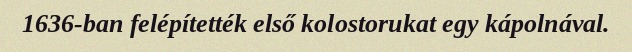
1636-ban felépítették első kolostorukat egy kápolnával.